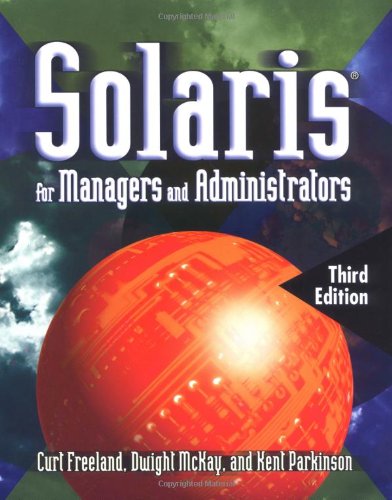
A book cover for Solaris 8 for Managers and Administrators; Curt Freeland; Computers & Technology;